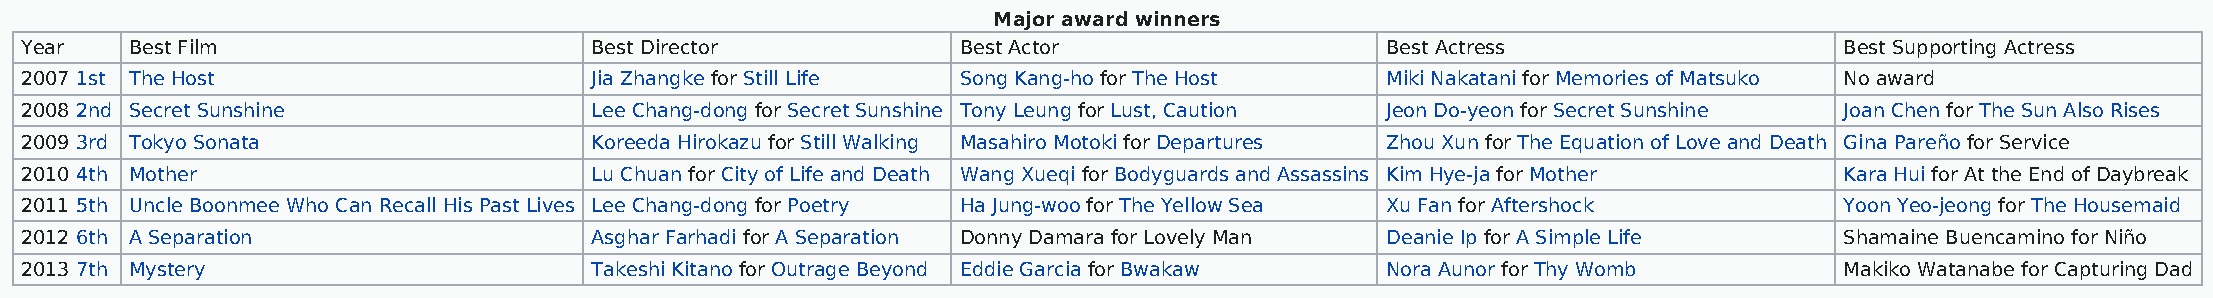
Major award winners
 Year    Best Film                     Best Director            Best Actor                  Best Actress                  Best Supporting Actress
 2007 1st The Host                     Jia Zhangke for Still Life Song Kang-ho for The Host Miki Nakatani for Memories of Matsuko No award
 2008 2nd Secret Sunshine              Lee Chang-dong for Secret Sunshine Tony Leung for Lust, Caution Jeon Do-yeon for Secret Sunshine Joan Chen for The Sun Also Rises
 2009 3rd Tokyo Sonata                 Koreeda Hirokazu for Still Walking Masahiro Motoki for Departures Zhou Xun for The Equation of Love and Death Gina Pareño for Service
 2010 4th Mother                       Lu Chuan for City of Life and Death Wang Xueqi for Bodyguards and Assassins Kim Hye-ja for Mother Kara Hui for At the End of Daybreak
 2011 5th Uncle Boonmee Who Can Recall His Past Lives Lee Chang-dong for Poetry Ha Jung-woo for The Yellow Sea Xu Fan for Aftershock Yoon Yeo-jeong for The Housemaid
 2012 6th A Separation                 Asghar Farhadi for A Separation Donny Damara for Lovely Man Deanie Ip for A Simple Life Shamaine Buencamino for Niño
 2013 7th Mystery                      Takeshi Kitano for Outrage Beyond Eddie Garcia for Bwakaw Nora Aunor for Thy Womb  Makiko Watanabe for Capturing Dad